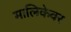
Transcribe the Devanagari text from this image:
मालिकेवर